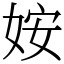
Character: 姲